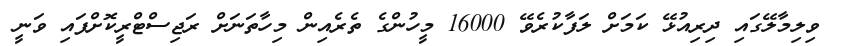
ވިލިމާލޭގައި ދިރިއުޅޭ ކަމަށް ލަފާކުރެވޭ 16000 މީހުންގެ ތެރެއިން މިހާތަނަށް ރަޖިސްޓްރީކޮށްފައި ވަނީ